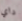
داي